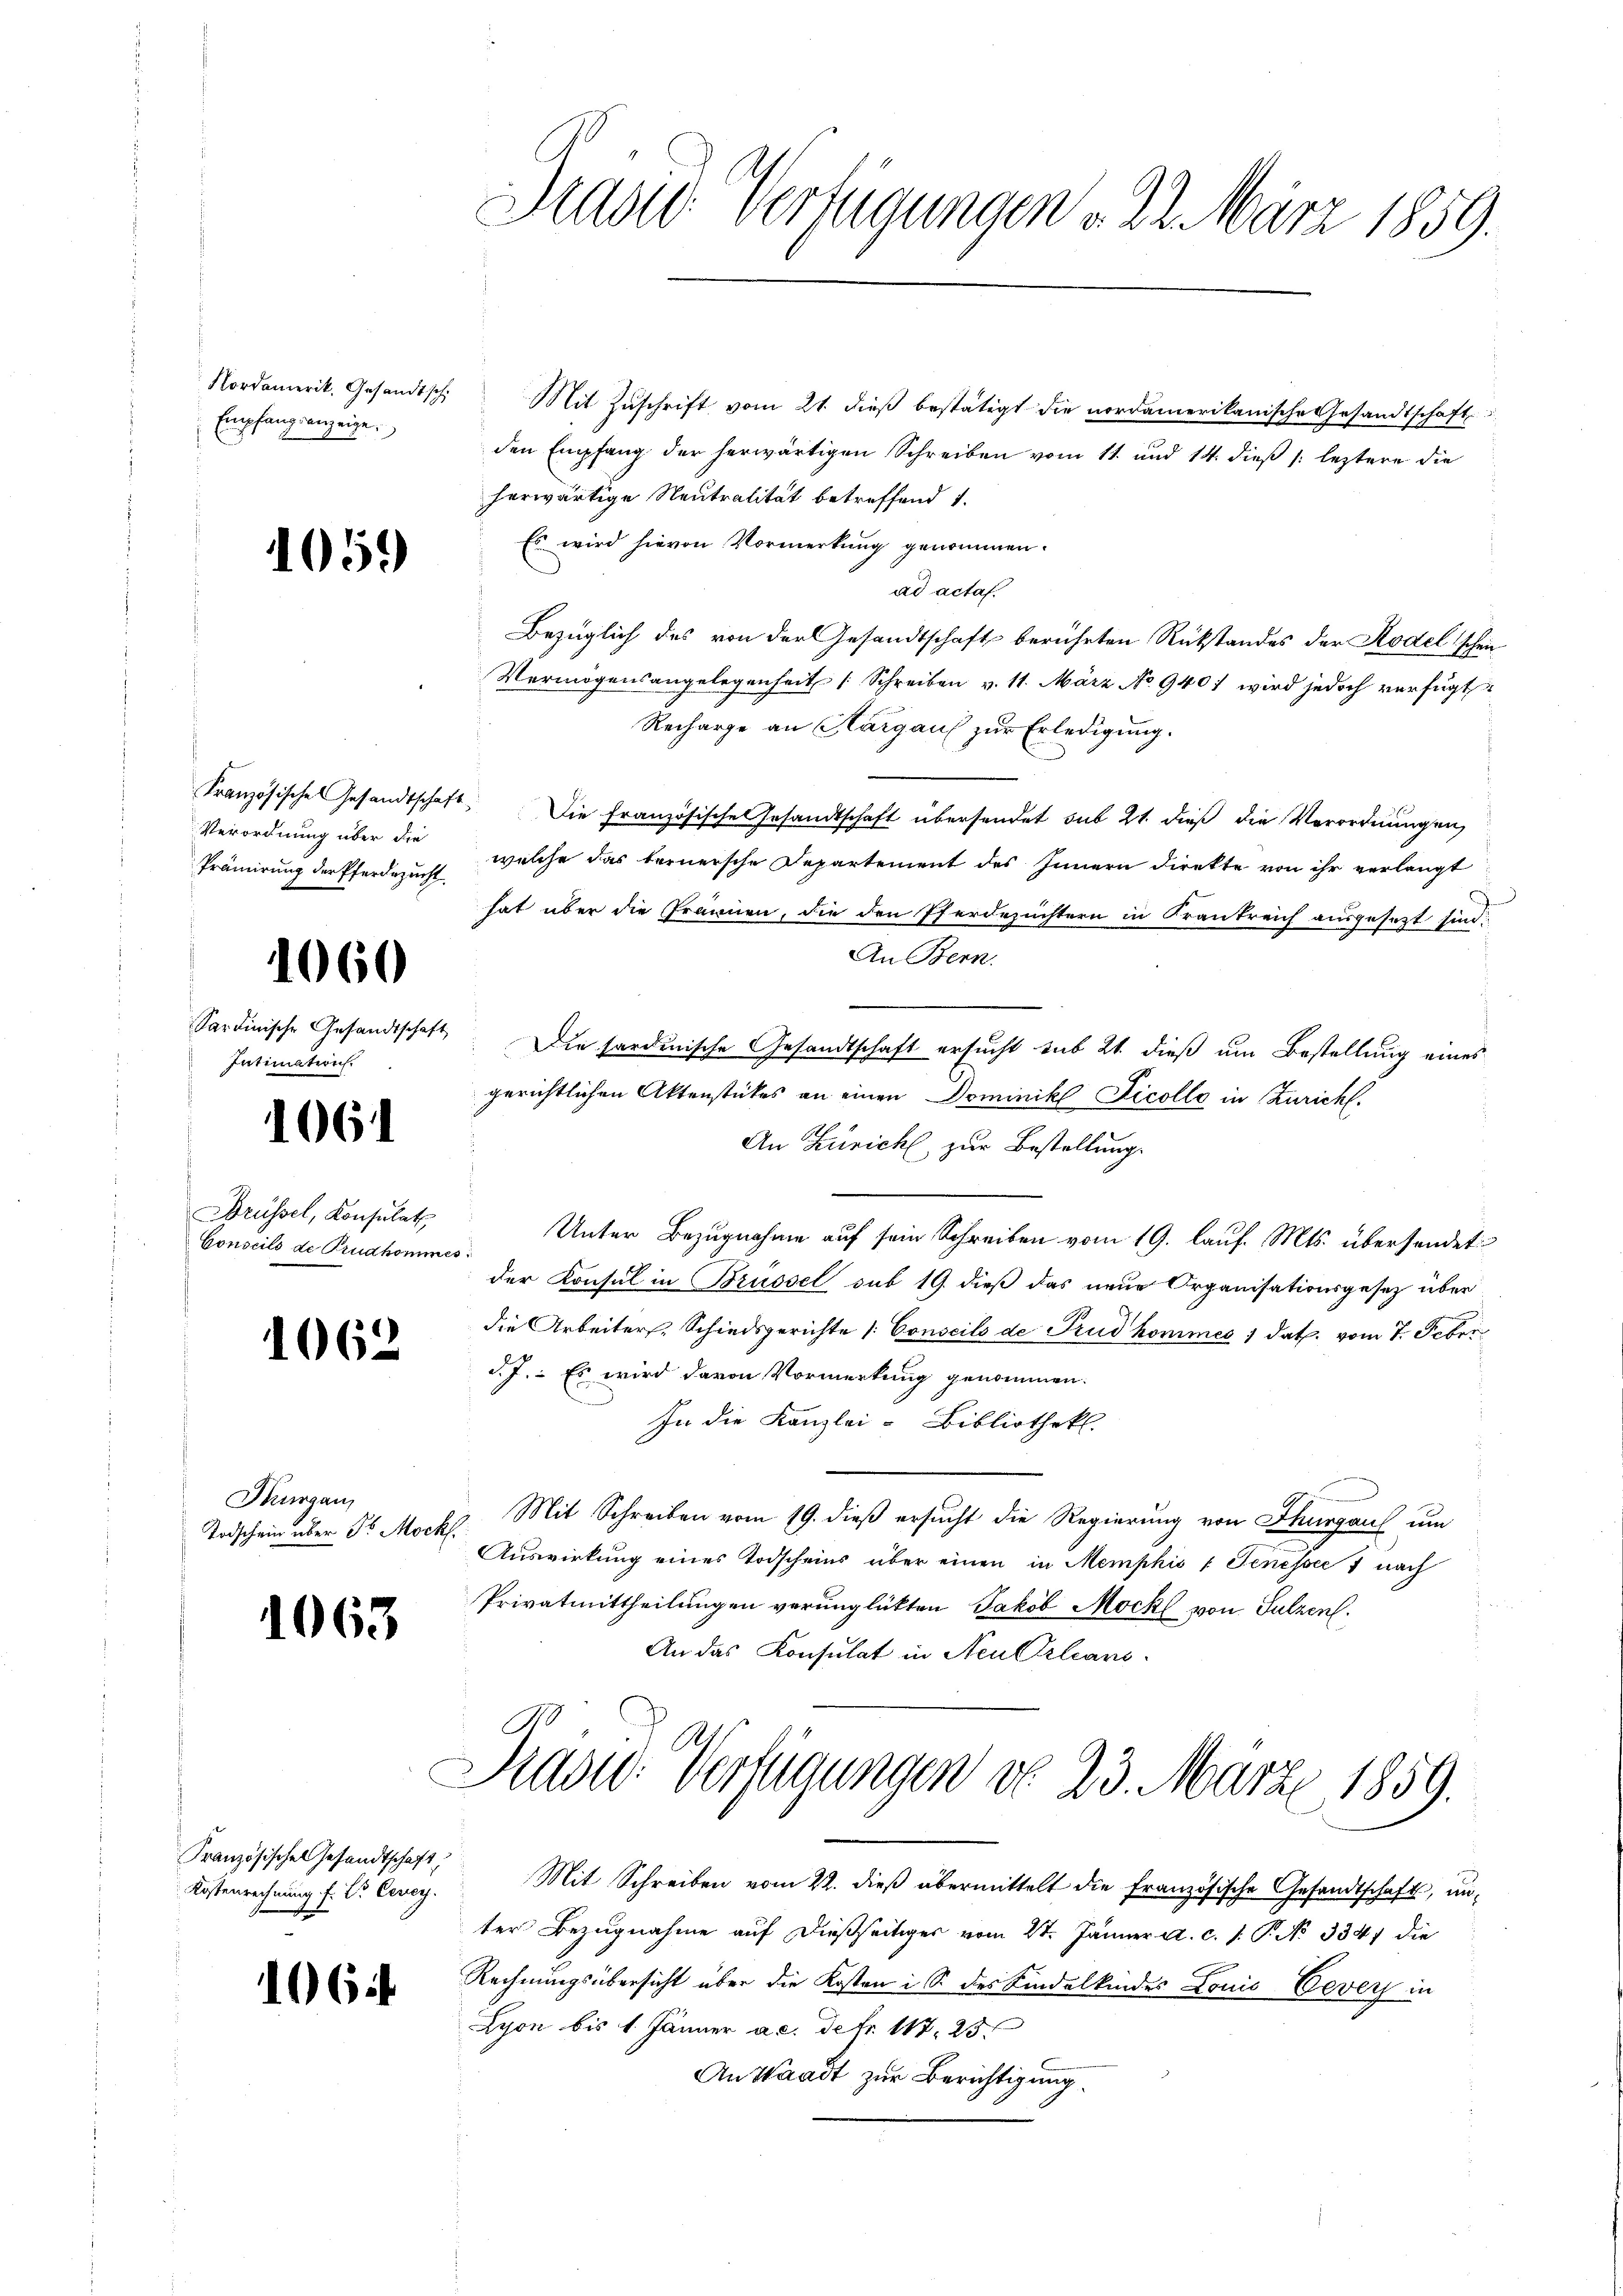
Empfang anzeige.

1051)

Verordnung über die

1060

Intimation.

1061

Brüssel, Konsulat
Conseils de Prudhommes.

1062

Thurgau,
Todschein über Dr. Mock.

1063

Kostenrechnung f. Dr. Cerey.

1061

Nordamerit. Gesandtsch. Mit Zŭschrift vom 21. dieβ bestätigt die nordamerikanische Gesandtschaft
den Empfang der herwärtigen Schreiben vom 11. und 14. dieß (: leztere die
herwärtige Neutralität betreffend 1.
Es wird hievon Vormerkung genommen.
ad actaf.
Bezüglich des von der Gesandtschaft berührten Rükstandes der Rodel schen
Vermögensangelegenheit [Schreiben v. 11. März No. 9401 wird jedoch verfügt
Recharge an Margaus zur Erledigung.
Französisches Gesandtschaft. Die Französische Gesandtschaft übersendet sub 21. dieß die Verordnungen,
Prämirung der Pferdezucht, welche das fernersche Departement des Innern direkte von ihr verlangt
I
hat über die Främien, die den Pferdezüchtern in Krankreich ausgesezt sind:
An Bern.
Sardinische Gesandtschaft. Die sardinische Gesandtschaft ersucht sub 21. dieß um Bestellung eines
gerichtlichen Aktenstückes an einen Dominik Ticolle in Züricht.
An Zürich, zur Bestellung.
Unter Bezugnahme auf sein Schreiben vom 19. lauf. Mts. übersendet
der Konsul in Brüssel sub 19. dieß das neue Organisationsgesetz über
die Arbeiters, Schiedsgerichte (: Conseils de Trud kommes 1 dat. vom 7. Feber
d. J. Es wird davon Vormerkung genommen.
In die Kanzlei- Bibliothek.
Mit Schreiben vom 19. dieß ersucht die Regierung von Thurgau um
Auswirkung eines Todscheins über einen in Memphio : Jenessée 7 nach
Privatmittheilungen verunglückten Jakob Möckl von Sulzen.
An das Konsulat in Neutrleans

Pravid Verfügungen d. 22. März 1859.

Prasid. Verfügungen do 23. März 1859.

Französische Gesandtschaft Mit Schreiben vom 22. dieβ übermittelt die französische Gesandtschaft, unter Bezugnahme auf dießseitiger vom 21. Jänner a. c. 1. P. No 3347 die
Rechnungsübersicht über die Kosten i S. des Kindelkindes Louis Eevers in
Lyon bis 1. Jänner ac. de fr. 117. 23
An Waadt zur Berichtigung.